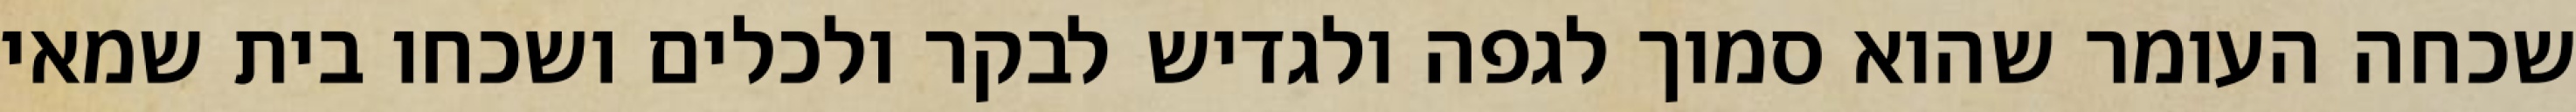
שכחה העומר שהוא סמוך לגפה ולגדיש לבקר ולכלים ושכחו בית שמאי